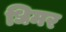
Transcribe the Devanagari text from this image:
धिमर